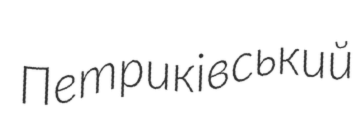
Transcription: Петриківський